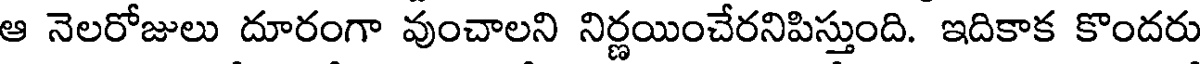
ఆ నెలరోజులు దూరంగా వుంచాలని నిర్ణయించేరనిపిస్తుంది. ఇదికాక కొందరు